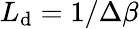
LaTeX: L_{\mathrm{d}}=1/\Delta\beta